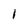
Character: I